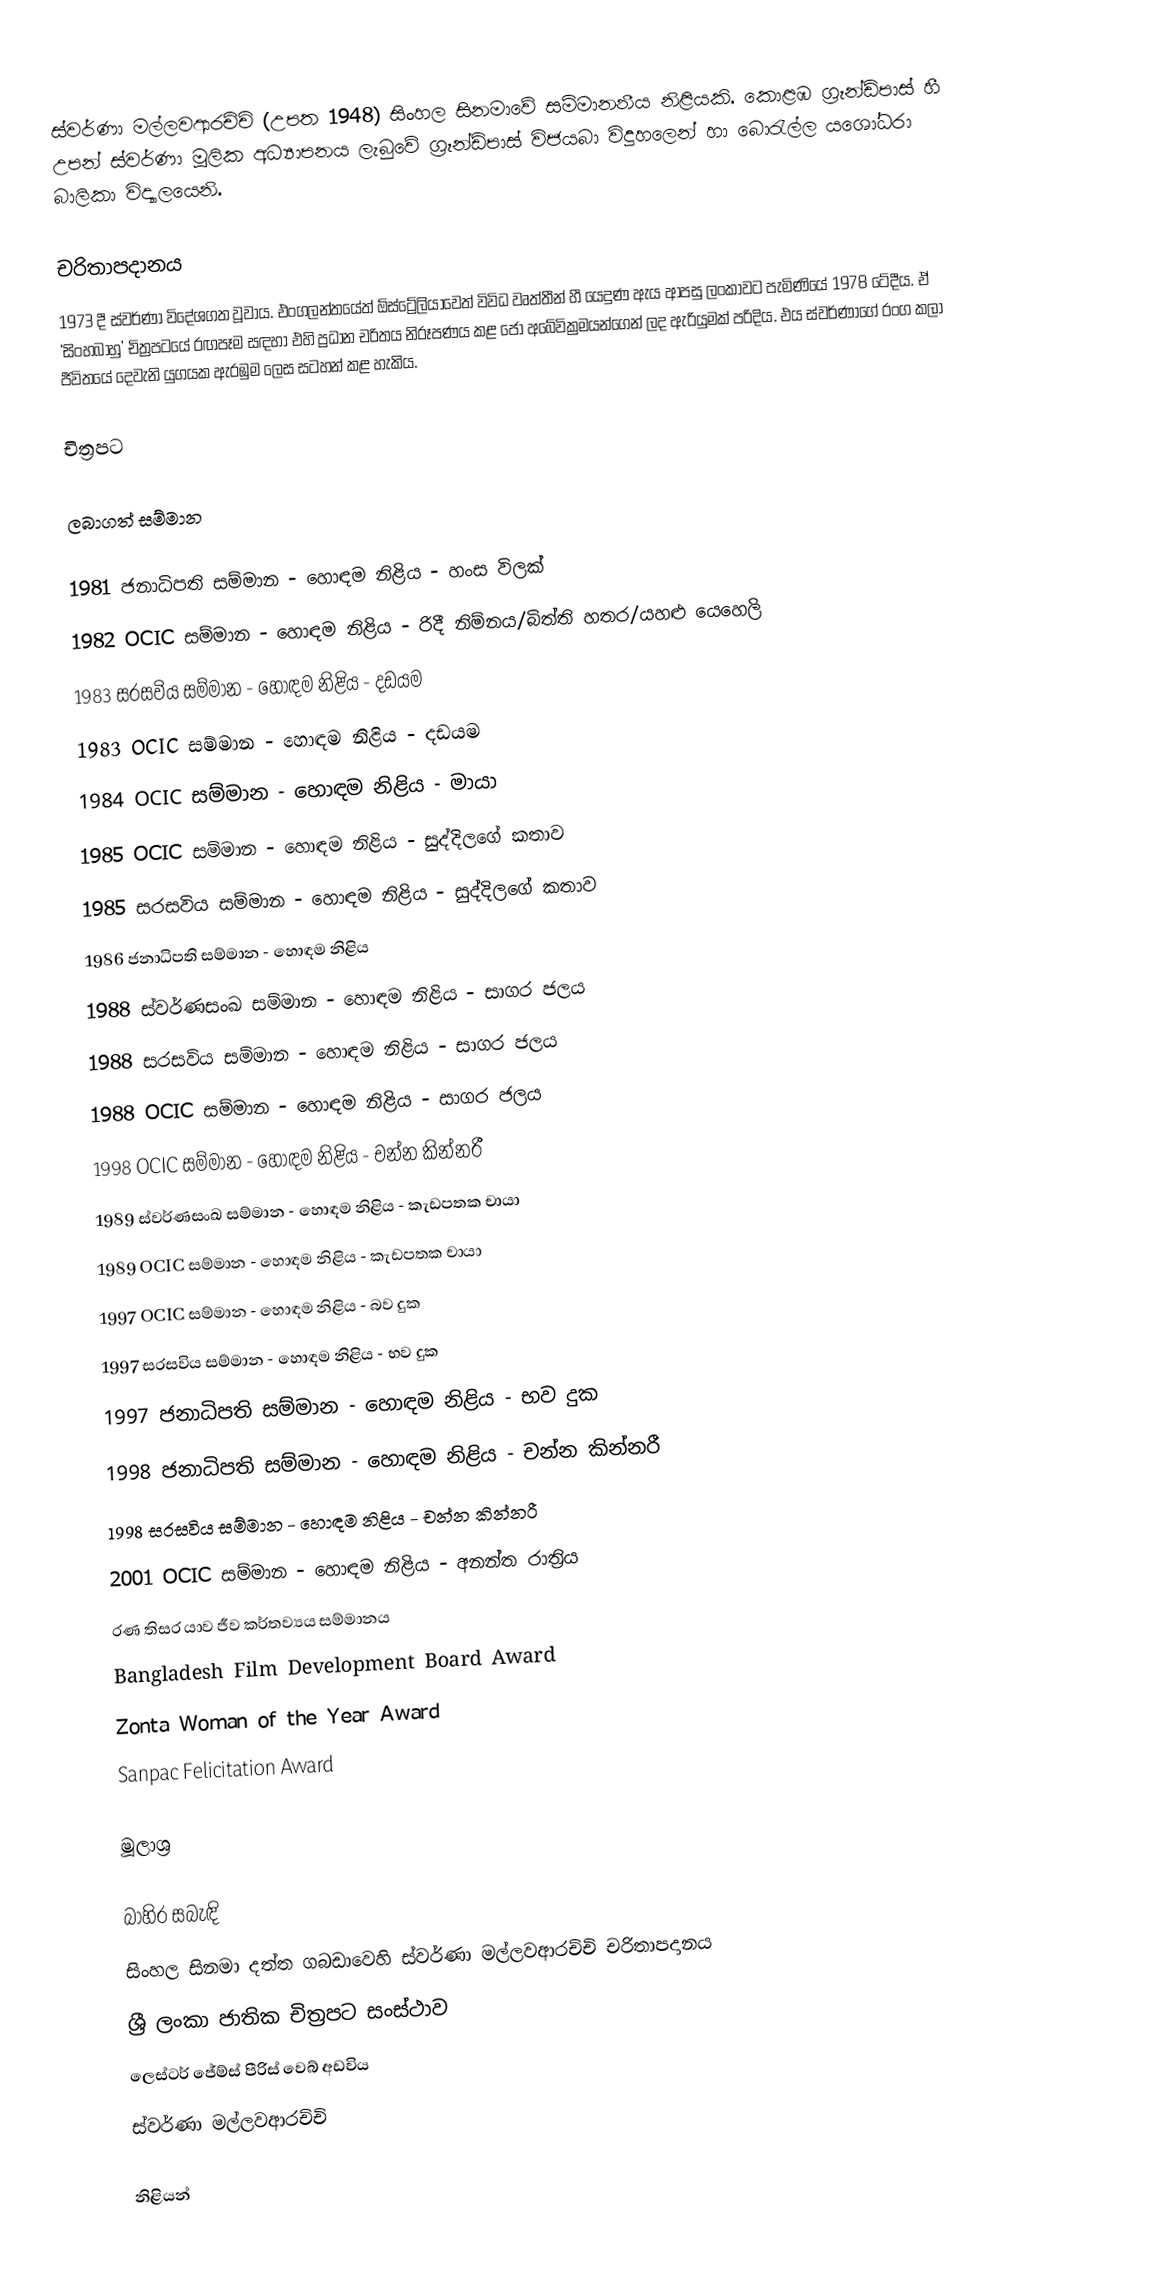
ස්වර්ණා මල්ලවආරච්චි  (උපත 1948) සිංහල සිනමාවේ සම්මානනීය නිළියකි. කොළඹ ග්‍රෑන්ඩ්පාස් හී උපන් ස්වර්ණා මූලික අධ්‍යාපනය ලැබුවේ ග්‍රෑන්ඩ්පාස් විජයබා විදුහලෙන් හා බොරැල්ල යශෝධරා බාලිකා විද්‍යාලයෙනි.

චරිතාපදානය
1973 දී ස්වර්ණා විදේශගත වූවාය. එංගලන්තයේත් ඕස්ට්‍රේලියාවෙත් විවිධ වෘත්තීන් හී යෙදුණ ඇය ආපසු ලංකාවට පැමිණියේ 1978 ටේදීය. ඒ ‘සිංහබාහු’ චිත්‍රපටයේ රඟපෑම සඳහා එහි ප්‍රධාන චරිතය නිරූපණය කළ ජෝ අබේවික්‍රමයන්ගෙන් ලද ඇරියුමක් පරිදිය. එය ස්වර්ණාගේ රංග කලා ජීවිතයේ දෙවැනි යුගයක ඇරඹුම ලෙස සටහන් කළ හැකිය.

චිත්‍රපට

ලබාගත් සම්මාන

1981 ජනාධිපති සම්මාන - හොඳම නිළිය - හංස විලක්
1982 OCIC සම්මාන - හොඳම නිළිය - රිදී නිම්නය/බිත්ති හතර/යහළු යෙහෙලි
1983 සරසවිය සම්මාන - හොඳම නිළිය - දඩයම
1983 OCIC සම්මාන - හොඳම නිළිය - දඩයම
1984 OCIC සම්මාන - හොඳම නිළිය - මායා
1985 OCIC සම්මාන - හොඳම නිළිය - සුද්දිලගේ කතාව
1985 සරසවිය සම්මාන - හොඳම නිළිය - සුද්දිලගේ කතාව
1986 ජනාධිපති සම්මාන - හොඳම නිළිය
1988 ස්වර්ණසංඛ සම්මාන - හොඳම නිළිය - සාගර ජලය
1988 සරසවිය සම්මාන - හොඳම නිළිය - සාගර ජලය
1988 OCIC සම්මාන - හොඳම නිළිය - සාගර ජලය
1998 OCIC සම්මාන - හොඳම නිළිය - චන්න කින්නරී
1989 ස්වර්ණසංඛ සම්මාන - හොඳම නිළිය - කැඩපතක චායා
1989 OCIC සම්මාන - හොඳම නිළිය - කැඩපතක චායා
1997 OCIC සම්මාන - හොඳම නිළිය - බව දුක
1997 සරසවිය සම්මාන - හොඳම නිළිය - භව දුක
1997 ජනාධිපති සම්මාන - හොඳම නිළිය - භව දුක
1998 ජනාධිපති සම්මාන - හොඳම නිළිය - චන්න කින්නරී
1998 සරසවිය සම්මාන - හොඳම නිළිය - චන්න කින්නරී
2001 OCIC සම්මාන  - හොඳම නිළිය - අනන්ත රාත්‍රිය
රණ තිසර යාව ජීව කර්තව්‍යය සම්මානය
Bangladesh Film Development Board Award
Zonta Woman of the Year Award
Sanpac Felicitation Award

මූලාශ‍්‍ර

බාහිර සබැඳි
සිංහල සිනමා දත්ත ගබඩාවෙහි ස්වර්ණා මල්ලවආරච්චි චරිතාපදානය
ශ්‍රී ලංකා ජාතික චිත්‍රපට සංස්ථාව
ලෙස්ටර් ජේම්ස් පීරිස්  වෙබ් අඩවිය
ස්වර්ණා මල්ලවආරච්චි

නිළියන්